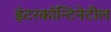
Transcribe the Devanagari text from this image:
इंटरकॉन्टिनेटील